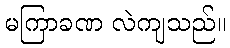
မကြာခဏ လဲကျသည်။